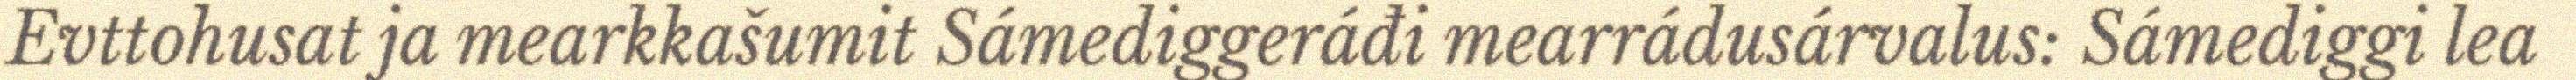
Evttohusat ja mearkkašumit Sámediggeráđi mearrádusárvalus: Sámediggi lea